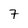
Character: 7